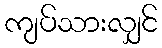
ကျပ်သားလျှင်